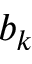
b _ { k }